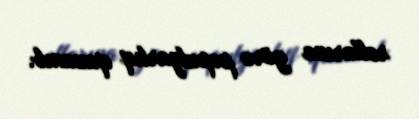
rollarına görə populyarlıq qazanıb.